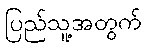
ပြည်သူ့အတွက်